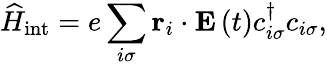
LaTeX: \widehat{H}_{\mathrm{int}}=e\sum_{i\sigma}\mathbf{r}_{i}\cdot\mathbf{E}\left(t\right)c_{i\sigma}^{\dagger}c_{i\sigma},